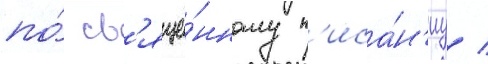
по́ св'яще́нному п'иса́н'иу /